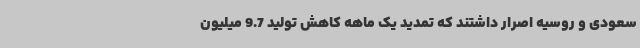
سعودی و روسیه اصرار داشتند که تمدید یک ماهه کاهش تولید 9.7 میلیون